Scottish Leaving Certificate Examination, 1959
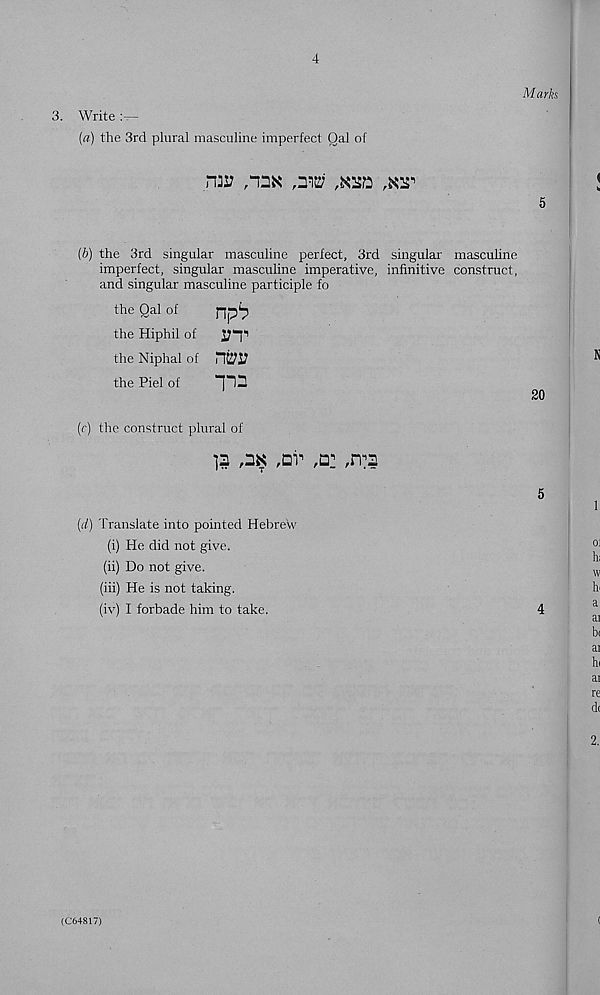
3. Write :—
(a) the 3rd plural masculine imperfect Qal of
n]J7
(b) the 3rd singular masculine perfect, 3rd singular
imperfect, singular masculine imperative, infinitive
and singular masculine participle fo
the Qal of
the Hiphil of
the Niphal of Hfri;
the Piel of
(c) the construct plural of
,2k ,01^ ,d: ,n:a
(rf) 'I'ranslate into pointed Hebrew
(i) He did not give.
(ii) Do not give.
(iii) He is not taking.
(iv) I forbade him to take.
masculine
construct,
(C64817)